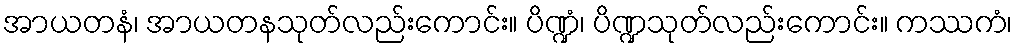
အာယတနံ၊ အာယတနသုတ်လည်းကောင်း။ ပိဏ္ဍံ၊ ပိဏ္ဍသုတ်လည်းကောင်း။ ကဿကံ၊